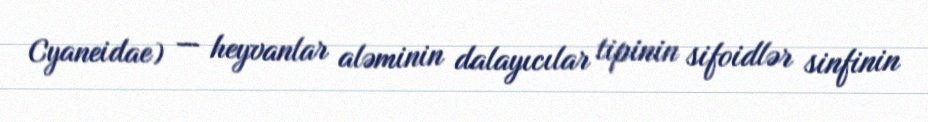
Cyaneidae) — heyvanlar aləminin dalayıcılar tipinin sifoidlər sinfinin